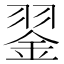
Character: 𦑕